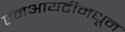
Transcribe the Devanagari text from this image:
एमआयटीमधून